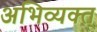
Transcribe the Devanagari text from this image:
अभिव्यक्त्